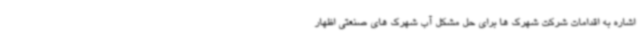
اشاره به اقدامات شرکت شهرک ها برای حل مشکل آب شهرک های صنعتی اظهار